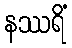
နဿရိံ